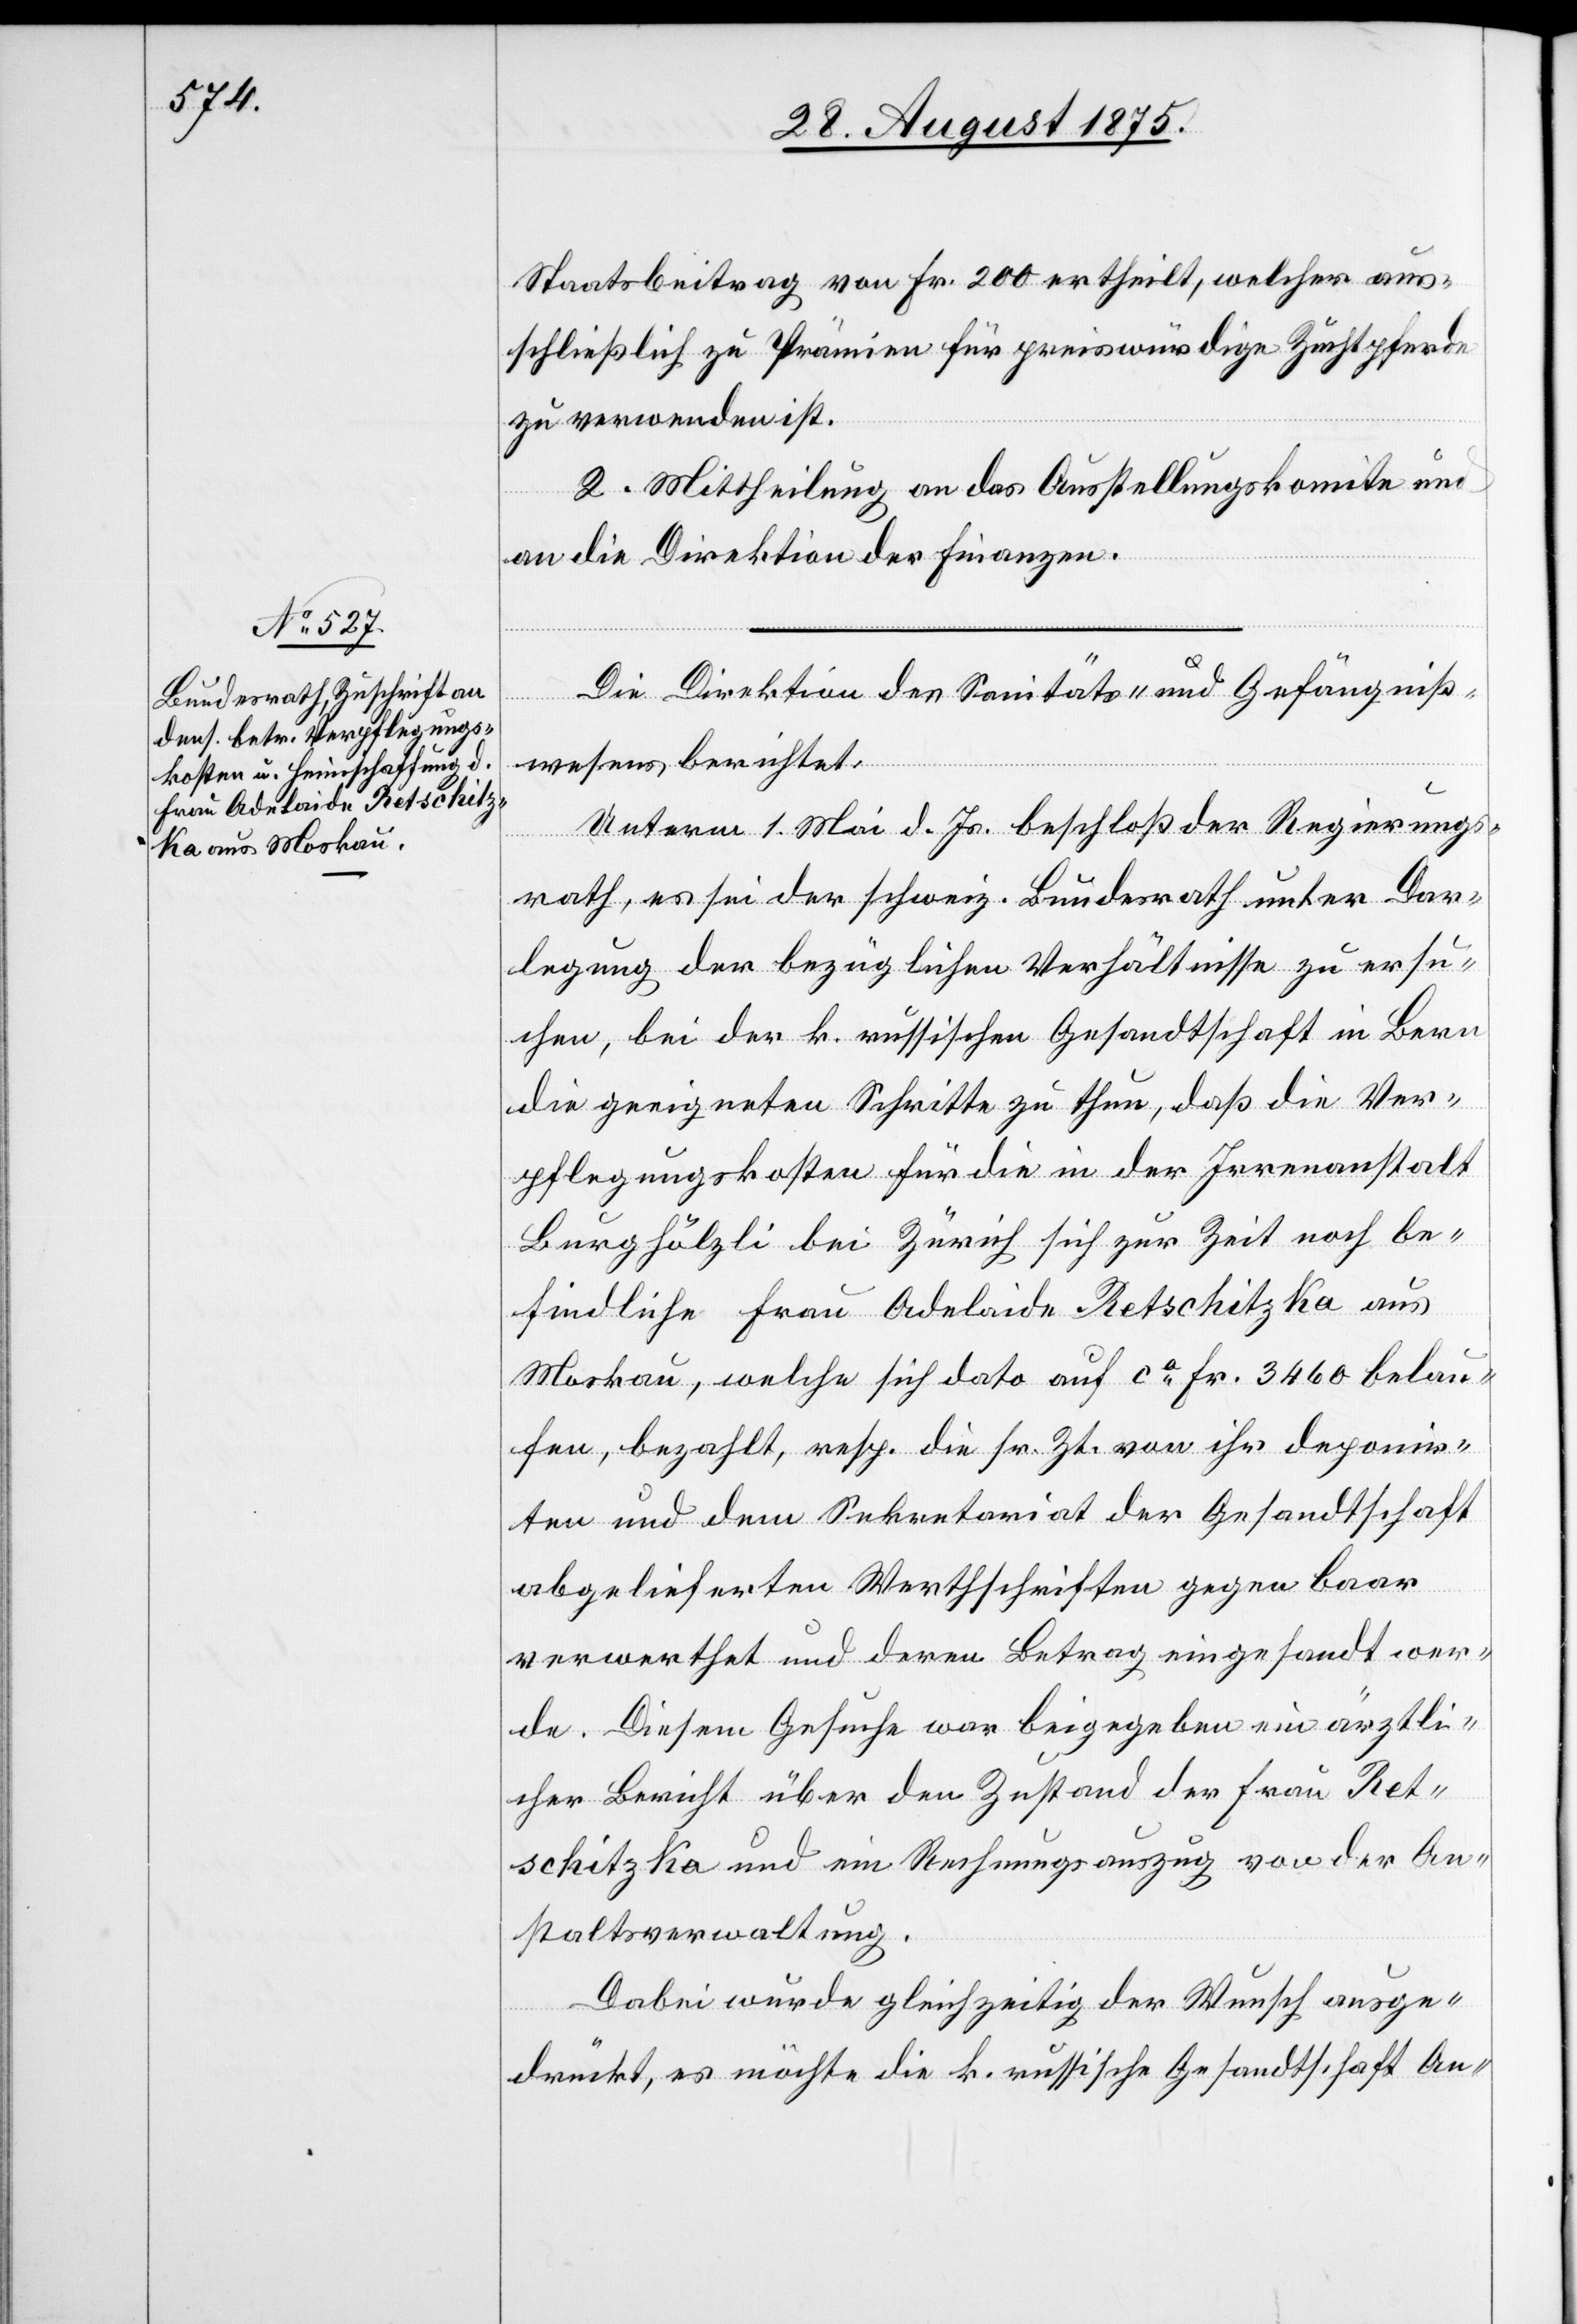
Staatsbeitrag von Fr. 200 ertheilt, welcher aus¬
schließlich zu Prämien für preiswürdige Zuchtpferde
zu verwenden ist.
2. Mittheilung an das Ausstellungskomite und
an die Direktion der Finanzen.
Die Direktion des Sanitäts- und Gefängniß¬
wesens berichtet:
Unterm 1. Mai d. Js. beschloß der Regierungs¬
rath, es sei der schweiz. Bundesrath unter Dar¬
legung der bezüglichen Verhältnisse zu ersu¬
chen, bei der k. russischen Gesandtschaft in Bern
die geeigneten Schritte zu thun, daß die Ver¬
pflegungskosten für die in der Irrenanstalt
Burghölzli bei Zürich sich zur Zeit noch be¬
findliche Frau Adelaide Retschitzka aus
Moskau, welche sich dato auf ca Fr. 3460 belau¬
fen, bezahlt, resp. die sr. Zt. von ihr deponir¬
ten und dem Sekretariat der Gesandtschaft
abgelieferten Werthschriften gegen baar
verwerthet und deren Betrag eingesandt wer¬
de. Diesem Gesuche war beigegeben ein ärztli¬
cher Bericht über den Zustand der Frau Ret¬
schitzka und ein Rechnungsauszug von der An¬
staltsverwaltung.
Dabei wurde gleichzeitig der Wunsch ausge¬
drückt, es möchte die k. russische Gesandtschaft An-